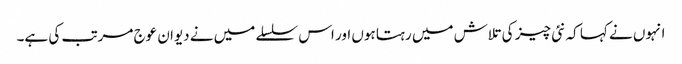
انہوں نے کہا کہ نئی چیز کی تلاش میں رہتا ہوں اور اس سلسلے میں نے دیوان عوج مرتب کی ہے۔